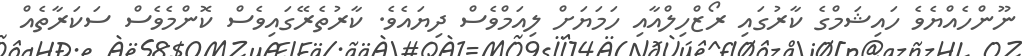
ނޫންހެއްޔެވެ ހައިޝަމްގެ ކާރުގައި ރޯޒްހިލްއާއި ހަމަޔަށް ލިއަމްވެސް ދިޔައެވެ. ކާރުތެރޭގައިވެސް ކޮންމެވެސް ސަކަރާތެއް